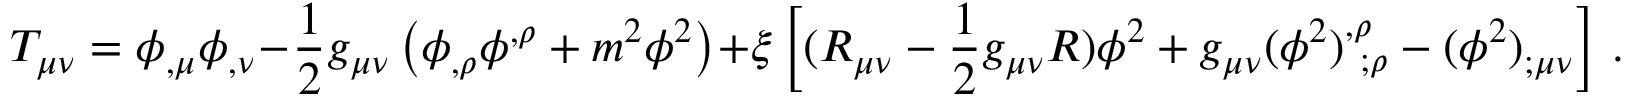
T _ { \mu \nu } = \phi _ { , \mu } \phi _ { , \nu } - \frac 1 2 g _ { \mu \nu } \left( \phi _ { , \rho } \phi ^ { , \rho } + m ^ { 2 } \phi ^ { 2 } \right) + \xi \left[ ( R _ { \mu \nu } - \frac 1 2 g _ { \mu \nu } R ) \phi ^ { 2 } + g _ { \mu \nu } ( \phi ^ { 2 } ) _ { ~ ; \rho } ^ { , \rho } - ( \phi ^ { 2 } ) _ { ; \mu \nu } \right] \, .